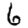
Digit: 6